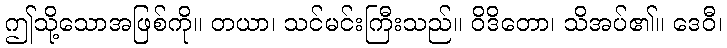
ဤသို့သောအဖြစ်ကို။ တယာ၊ သင်မင်းကြီးသည်။ ဝိဒိတော၊ သိအပ်၏။ ဒေဝီ၊